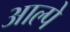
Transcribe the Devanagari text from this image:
आल्पे